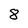
Character: 8